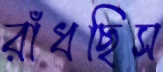
রাঁধছিস